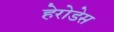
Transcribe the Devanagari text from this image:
हेरोडेस